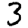
Digit: 3